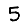
Digit: 5